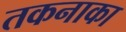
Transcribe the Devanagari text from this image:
तकनाका